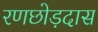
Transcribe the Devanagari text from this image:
रणछोड़दास